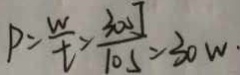
P = \frac { W } { t } > \frac { 3 0 0 J } { 1 0 S } = 3 0 W \cdot